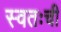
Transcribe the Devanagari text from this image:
स्वतःची